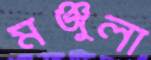
মঞ্জুলা